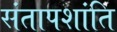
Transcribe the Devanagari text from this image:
संतापशांति